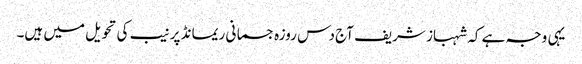
یہی وجہ ہے کہ شہباز شریف آج دس روزہ جسمانی ریمانڈ پر نیب کی تحویل میں ہیں۔